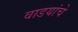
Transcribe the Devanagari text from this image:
वाडयांचे